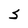
Character: S